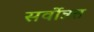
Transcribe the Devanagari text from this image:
सर्वोन्नत